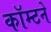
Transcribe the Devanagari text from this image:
कॉम्टने